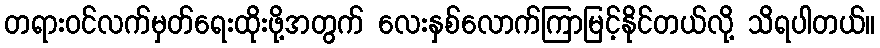
တရားဝင်လက်မှတ်ရေးထိုးဖို့အတွက် လေးနှစ်လောက်ကြာမြင့်နိုင်တယ်လို့ သိရပါတယ်။